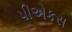
પીએકસ